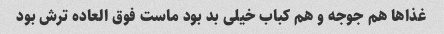
غذا‌ها هم جوجه و هم کباب خیلی بد بود ماست فوق العاده ترش بود